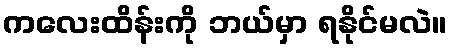
ကလေးထိန်းကို ဘယ်မှာ ရနိုင်မလဲ။